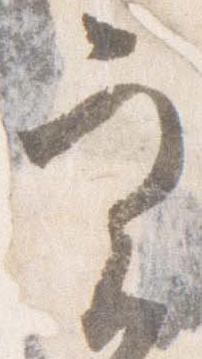
実